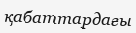
қабаттардағы